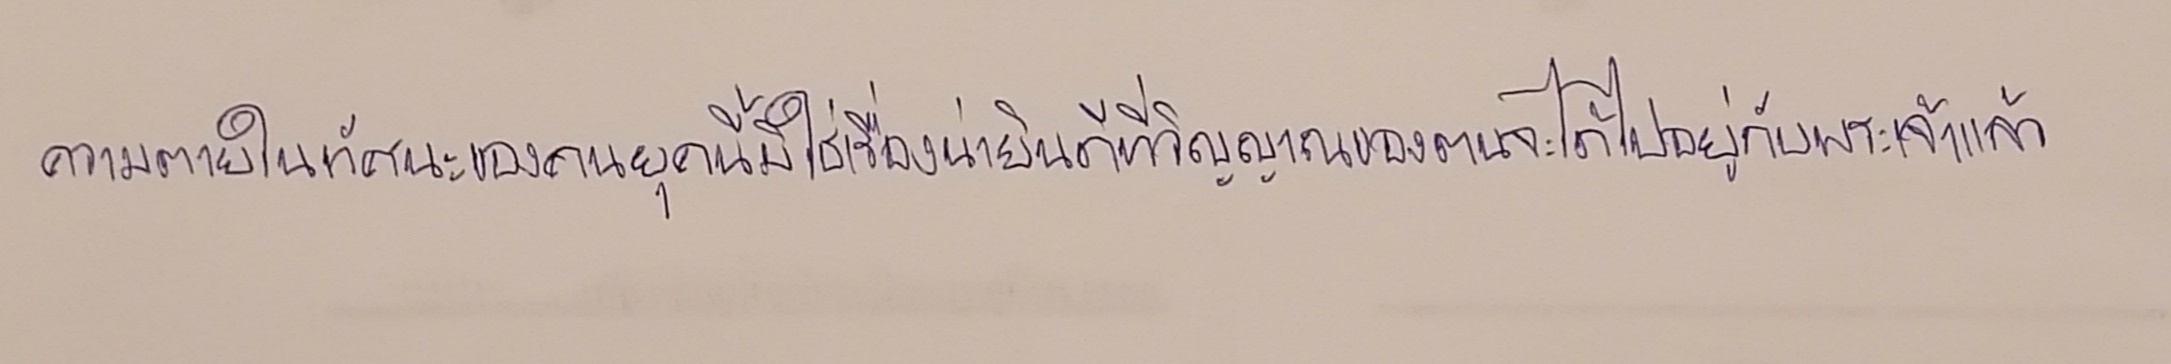
ความตายในทัศนะของคนยุคนี้มิใช่เรื่องน่ายินดีที่วิญญาณของตนจะได้ไปอยู่กับพระเจ้าแล้ว